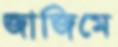
জাজিমে